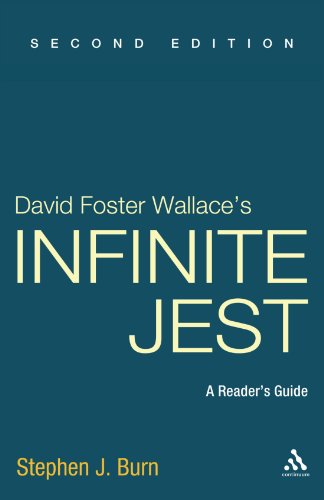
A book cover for David Foster Wallace's Infinite Jest: A Reader's Guide, 2nd Edition; Stephen J. Burn; Literature & Fiction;